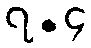
၇.၄